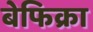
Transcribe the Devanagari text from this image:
बेफिक्रा